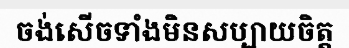
ចង់សើចទាំងមិនសប្បាយចិត្ត